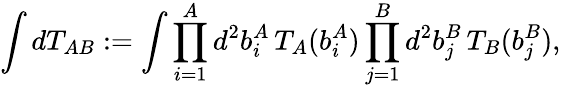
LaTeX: \int dT_{AB}:=\int\prod_{i=1}^{A}d^{2}b_{i}^{A}\, T_{A}(b_{i}^{A})\prod_{j=1}^{B}d^{2}b_{j}^{B}\, T_{B}(b_{j}^{B}),